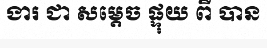
ងារ ជា សម្តេច ផ្ទុយ ពី បាន